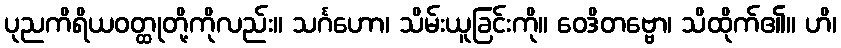
ပုညကိရိယဝတ္ထုတို့ကိုလည်း။ သင်္ဂဟော၊ သိမ်းယူခြင်းကို။ ဝေဒိတဗ္ဗော၊ သိထိုက်၏။ ဟိ၊